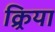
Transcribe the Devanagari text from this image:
क्र्रिया